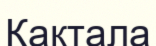
Қақтала